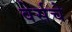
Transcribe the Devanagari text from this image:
वेर्सचे